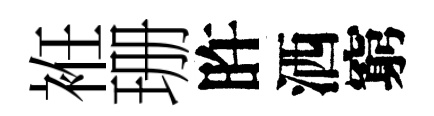
袵珊旿洒窮